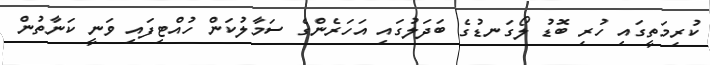
ކުރިމަތީގައި ހުރި ބޮޑު ލޯގަނޑުގެ ބަދަލުގައި އަހަރެންގެ ސަމާލުކަން ހުއްޓިފައި ވަނީ ކަނާތުން